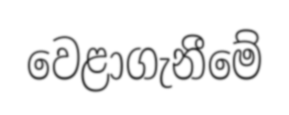
වෙළාගැනීමේ